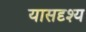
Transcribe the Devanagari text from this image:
यासदृश्य